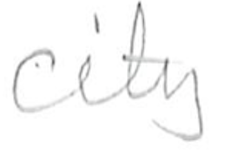
Text: city
Cross-out: clean
Writing tool: pencil